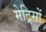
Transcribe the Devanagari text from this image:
मेट्रिसों